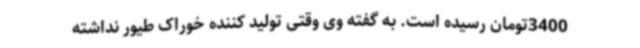
3400تومان رسیده است. به گفته وی وقتی تولید کننده خوراک طیور نداشته